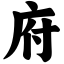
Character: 府